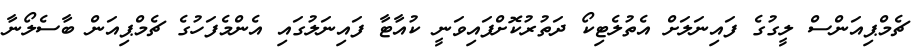
ޗެމްޕިއަންސް ލީގުގެ ފައިނަލަށް އެތުލެޓިކޯ ދަތުރުކޮށްފައިވަނީ ކުއާޓާ ފައިނަލުގައި އެންމެފަހުގެ ޗެމްޕިއަން ބާސެލޯނާ